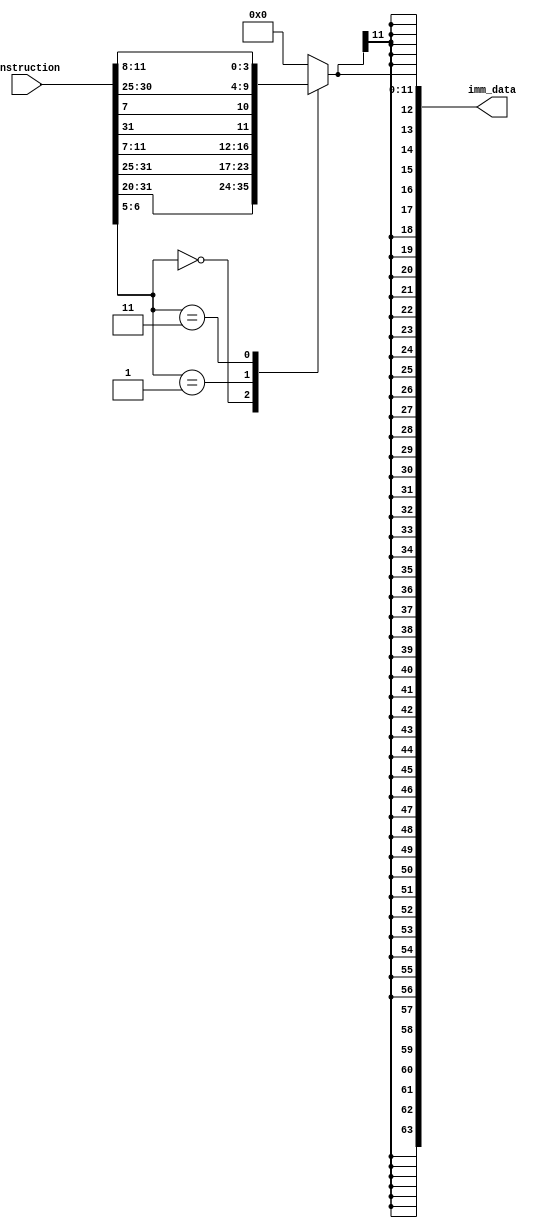
module immediateGenerator(
  input [31:0] instruction,
  output reg[63:0] imm_data
);
  
  wire [6:0] opcode;
	assign opcode = instruction[6:0];

    always @ (*)
    begin
      case ( opcode[6:5] )
        
        2'b00: imm_data[11:0] = {instruction[31:20]} ;
         
        2'b01:imm_data[11:0] = {instruction[31:25], instruction[11:7] } ;
        
        2'b11: imm_data[11:0] = {instruction[31], instruction[7], instruction[30:25], instruction[11:8]  } ;
                                                                                            
        default: imm_data[11:0] = 12'b0;
      endcase
      
      imm_data = { {52 { imm_data[11] } } , imm_data[11:0] } ;
    end  
endmodule